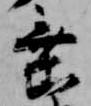
垂